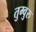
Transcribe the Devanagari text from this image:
तुम्वुरु